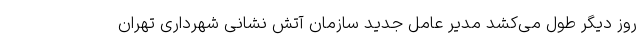
روز دیگر طول می‌کشد مدیر عامل جدید سازمان آتش نشانی شهرداری تهران